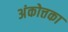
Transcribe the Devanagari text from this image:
अंकोत्तका